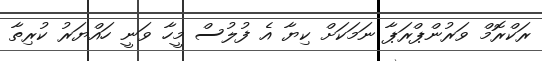
ރަކްރޮމް ވަރުންޕްރަޕާ ނަމަކަށް ކިޔާ އެ ފުލުސް މީހާ ވަނީ ހައްޔަރު ކުރިތާ